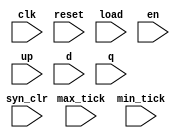
//Listing 7.18
module bin_monitor
   #(parameter N=3)
   (
    input wire clk, reset,
    input wire syn_clr, load, en, up,
    input wire [N-1:0] d,
    input wire max_tick, min_tick,
    input wire [N-1:0] q
   );

   reg [N-1:0] q_old, d_old, gold;
   reg syn_clr_old, en_old, load_old, up_old;
   reg [39:0] err_msg; // 5-letter message

   initial   // head
      $display("time  syn_clr/load/en/up  q\n");

   always @(posedge clk)
   begin
      // _old: the value sampled at the previous clock edge
      syn_clr_old <= syn_clr;
      en_old <= en;
      load_old <= load;
      up_old <= up;
      q_old <= q;
      d_old <= d;

      // calculate the desired "gold" value
      if (syn_clr_old)
         gold = 0;
      else if (load_old)
         gold = d_old;
      else if (en_old & up_old)
         gold = q_old + 1;
      else if (en_old & ~up_old)
         gold = q_old - 1;
      else
         gold = q_old;

      // error message
      if (q==gold)
         err_msg = "     ";  // result passes
      else
         err_msg = "ERROR";  // result fails
      //
      $display("%5d,  %b%b%b%b  %d  %s",
               $time, syn_clr, load, en, up, q, err_msg);
   end

endmodule